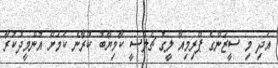
އަދި މި ސީޒަންގެ ޕްރިމިއާާ ލީގު ޗެލްސީ ކާމިޔާބު ކުރާނެ ކަމަށް އުންމީދުކުރާ